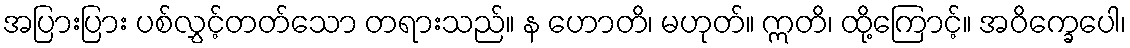
အပြားပြား ပစ်လွှင့်တတ်သော တရားသည်။ န ဟောတိ၊ မဟုတ်။ ဣတိ၊ ထို့ကြောင့်။ အဝိက္ခေပေါ၊